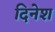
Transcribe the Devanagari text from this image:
दिनेश